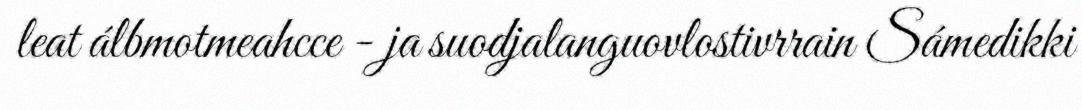
leat álbmotmeahcce - ja suodjalanguovlostivrrain Sámedikki